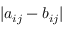
\lvert a _ { i j } - b _ { i j } \rvert